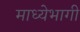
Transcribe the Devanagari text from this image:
माध्येभागी